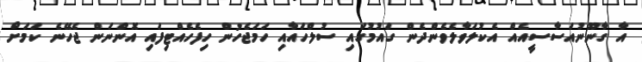
އާ ގާނޫނުއަސާސީއެއް އެކުލަވާލެވެންދެން ގައުމުގައި ސުލްހައާއި ހަމަޖެހުން ހިފެހެއްޓިފައި އޮންނަން ޖެހޭނެ ކަމަށް